Treatise on elephants
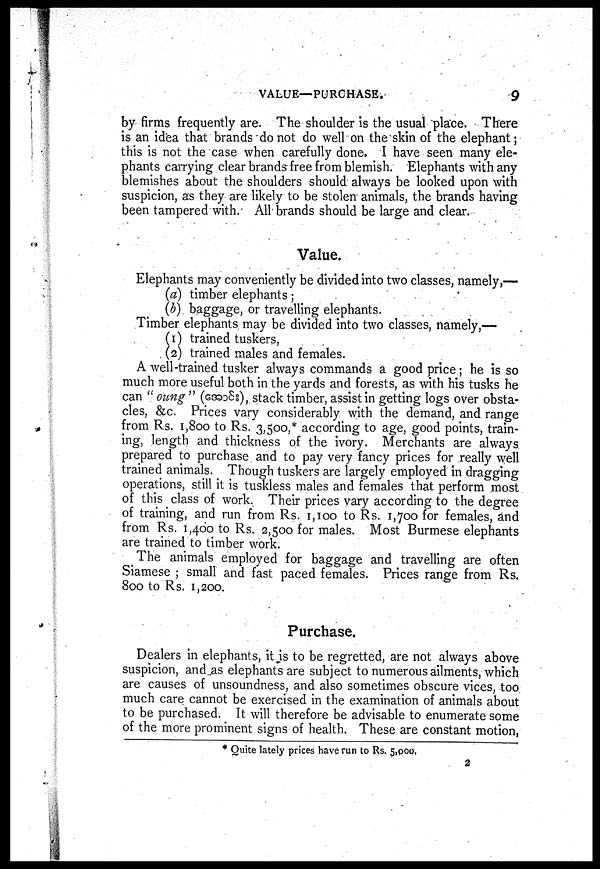
VALUE—PURCHASE.
9
by firms frequently are. The shoulder is the usual place. There
is an idea that brands do not do well on the skin of the elephant;
this is not the case when carefully done. I have seen many ele-
phants carrying clear brands free from blemish. Elephants with any
blemishes about the shoulders should always be looked upon with
suspicion, as they are likely to be stolen animals, the brands having
been tampered with. All brands should be large and clear.
Value.
Elephants may conveniently be divided into two classes, namely,—
(a) timber elephants;
(b) baggage, or travelling elephants.
Timber elephants may be divided into two classes, namely,—
(1) trained tuskers,
(2) trained males and females.
A well-trained tusker always commands a good price; he is so
much more useful both in the yards and forests, as with his tusks he
can "oung" (
), stack timber, assist in getting logs over obsta-
cles, &c. Prices vary considerably with the demand, and range
from Rs. 1,800 to Rs. 3,500,* according to age, good points, train-
ing, length and thickness of the ivory. Merchants are always
prepared to purchase and to pay very fancy prices for really well
trained animals. Though tuskers are largely employed in dragging
operations, still it is tuskless males and females that perform most
of this class of work. Their prices vary according to the degree
of training, and run from Rs. 1,100 to Rs. 1,700 for females, and
from Rs. 1,400 to Rs. 2,500 for males. Most Burmese elephants
are trained to timber work.
The animals employed for baggage and travelling are often
Siamese ; small and fast paced females. Prices range from Rs.
800 to Rs. 1,200.
Purchase.
Dealers in elephants, it is to be regretted, are not always above
suspicion, and as elephants are subject to numerous ailments, which
are causes of unsoundness, and also sometimes obscure vices, too
much care cannot be exercised in the examination of animals about
to be purchased. It will therefore be advisable to enumerate some
of the more prominent signs of health. These are constant motion,
* Quite lately prices have run to Rs. 5,000.
2